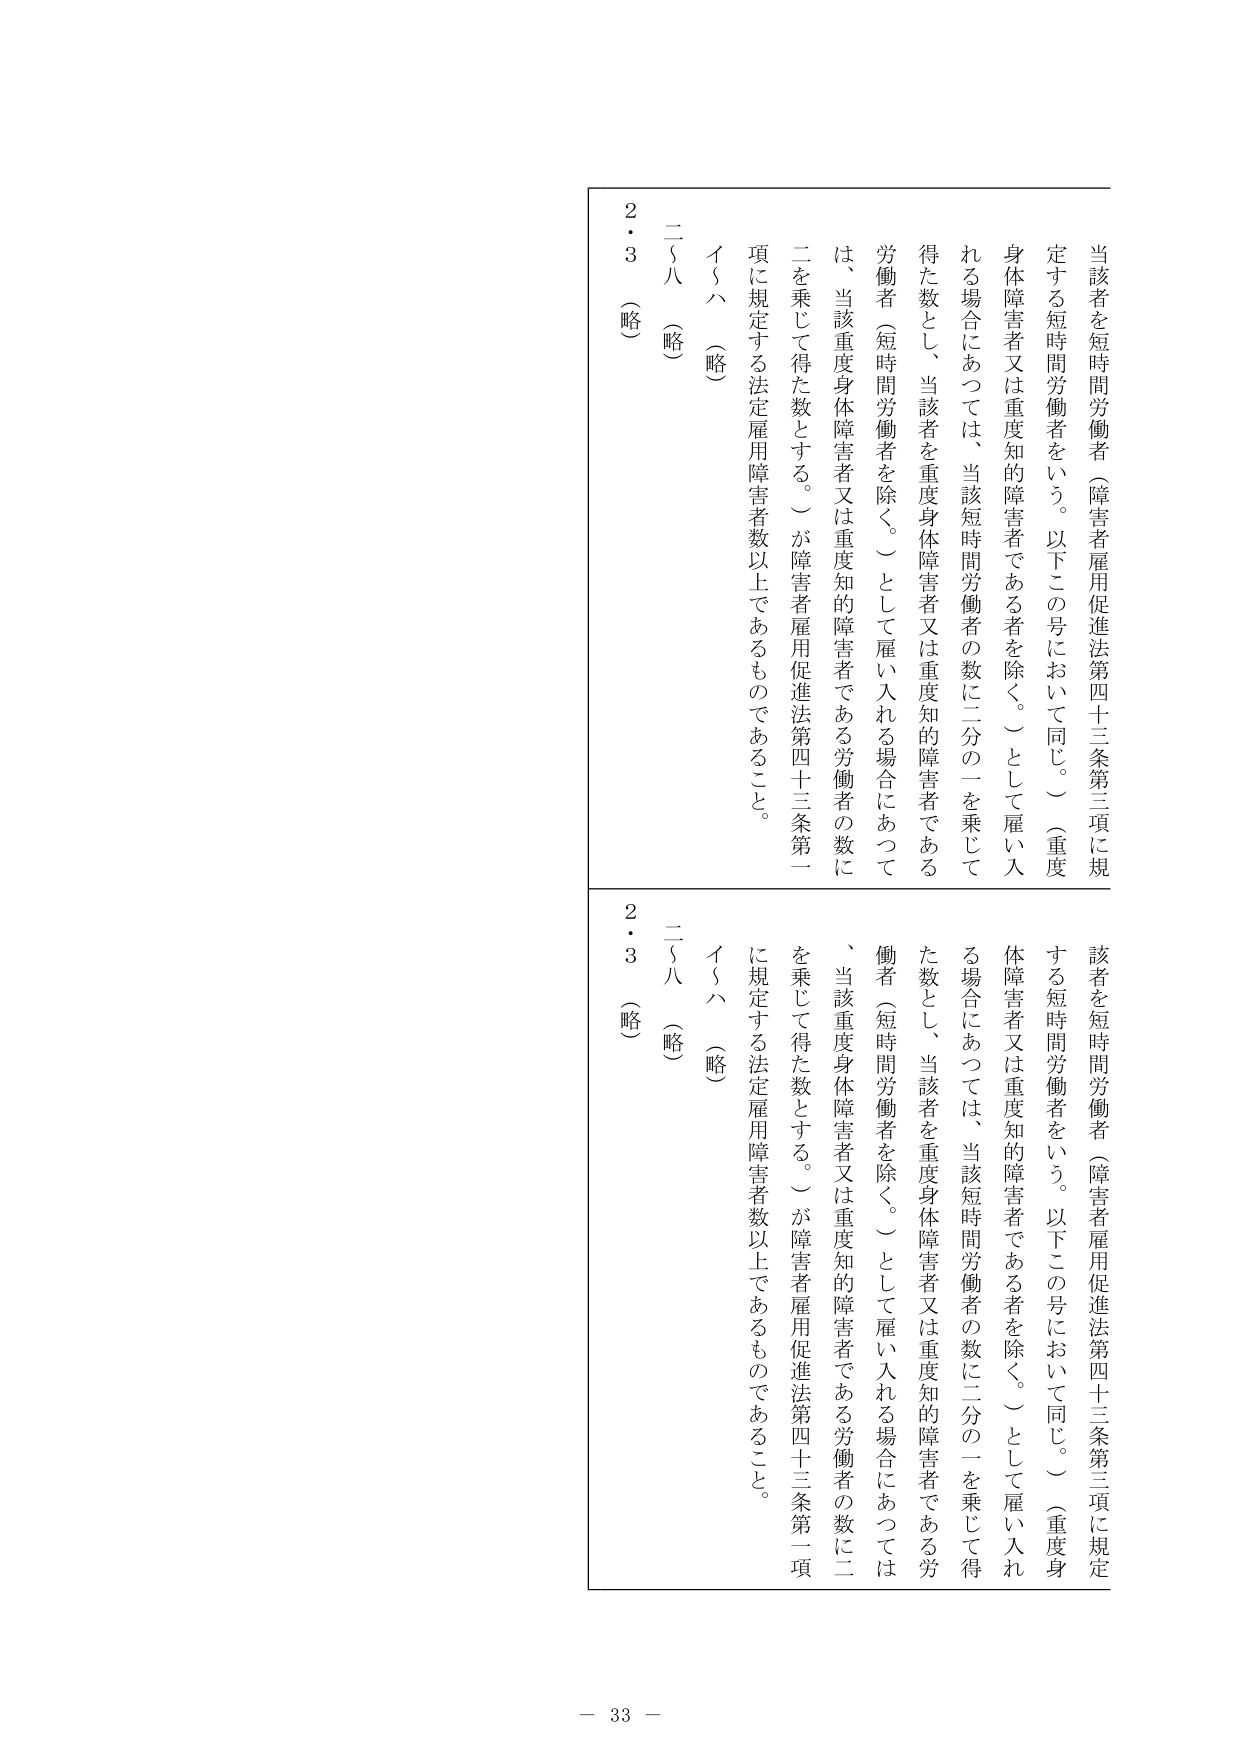
当該者を短時間労働者（障害者雇用促進法第四十三条第三項に規定する短時間労働者をいう。以下この号において同じ。）（重度身体障害者又は重度知的障害者である者を除く。）として雇い入れる場合にあっては、当該短時間労働者の数に二分の一を乗じて得た数とし、当該者を重度身体障害者又は重度知的障害者である労働者（短時間労働者を除く。）として雇い入れる場合にあっては、当該重度身体障害者又は重度知的障害者である労働者の数に二を乗じて得た数とする。）が障害者雇用促進法第四十三条第一項に規定する法定雇用障害者数以上であるものであること。

二（八）（略）
イ（八）（略）
２・３（略）

当該者を短時間労働者（障害者雇用促進法第四十三条第三項に規定する短時間労働者をいう。以下この号において同じ。）（重度身体障害者又は重度知的障害者である者を除く。）として雇い入れる場合にあっては、当該短時間労働者の数に二分の一を乗じて得た数とし、当該者を重度身体障害者又は重度知的障害者である労働者（短時間労働者を除く。）として雇い入れる場合にあっては、当該重度身体障害者又は重度知的障害者である労働者の数に二を乗じて得た数とする。）が障害者雇用促進法第四十三条第一項に規定する法定雇用障害者数以上であるものであること。

二（八）（略）
イ（八）（略）
２・３（略）

－ 33 －